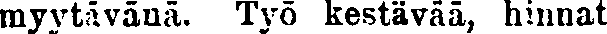
myytävänä. Työ kestävää, hinnat